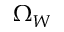
\Omega _ { W }